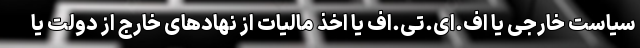
سیاست خارجی یا اف.ای.تی.اف یا اخذ مالیات از نهادهای خارج از دولت یا